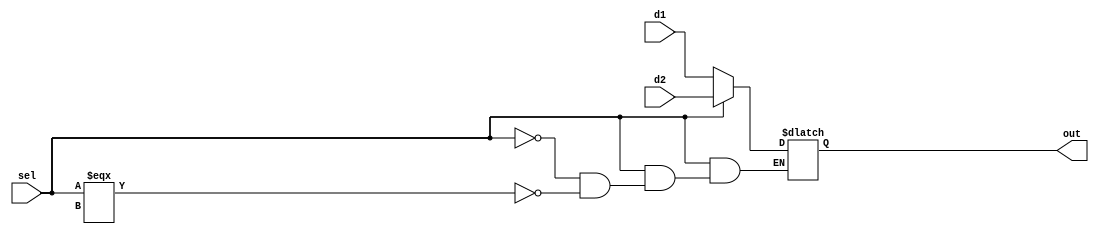
`timescale 1ns / 1ps
//////////////////////////////////////////////////////////////////////////////////
// Company: 
// Engineer: 
// 
// Design Name: 
// Module Name: mux_2_1
// Project Name: 
// Target Devices: 
// Tool Versions: 
// Description: 
// 
// Dependencies: 
// 
// Revision:
// Revision 0.01 - File Created
// Additional Comments:
// 
//////////////////////////////////////////////////////////////////////////////////


module mux_2_1(d1, d2, sel, out);
input [31:0] d1;
input [31:0] d2;
input sel;
output reg [31:0] out;

always@(d1, d2, sel)
begin
    if (sel ===  1'bx)
        out = d1;
    if (sel == 0)
        out = d1;
    else if (sel == 1)
        out = d2;
end

endmodule